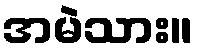
အမဲသား။